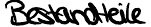
Bestandteile